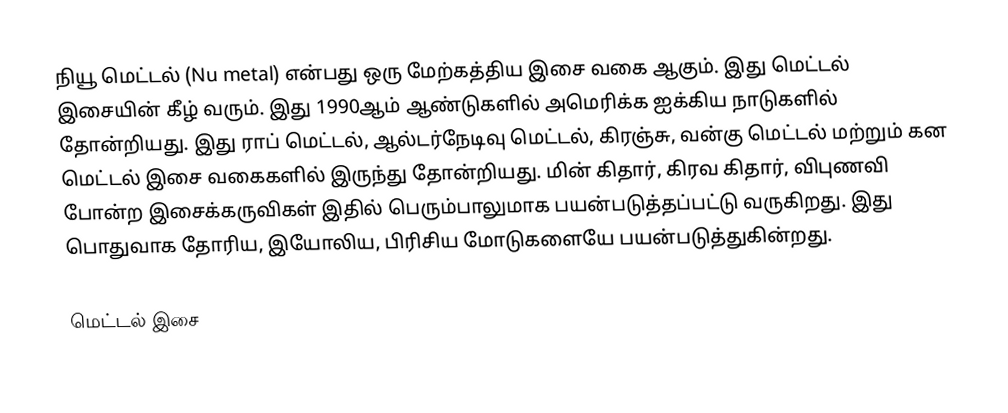
நியூ மெட்டல் (Nu metal) என்பது ஒரு மேற்கத்திய இசை வகை ஆகும். இது மெட்டல் இசையின் கீழ் வரும். இது 1990ஆம் ஆண்டுகளில் அமெரிக்க ஐக்கிய நாடுகளில் தோன்றியது. இது ராப் மெட்டல், ஆல்டர்நேடிவு மெட்டல், கிரஞ்சு, வன்கு மெட்டல் மற்றும் கன மெட்டல் இசை வகைகளில் இருந்து தோன்றியது. மின் கிதார், கிரவ கிதார், விபுணவி போன்ற இசைக்கருவிகள் இதில் பெரும்பாலுமாக பயன்படுத்தப்பட்டு வருகிறது. இது பொதுவாக தோரிய, இயோலிய, பிரிசிய மோடுகளையே பயன்படுத்துகின்றது.

மெட்டல் இசை